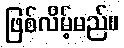
ဖြစ်လိမ့်မည်။